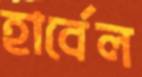
হার্বেল